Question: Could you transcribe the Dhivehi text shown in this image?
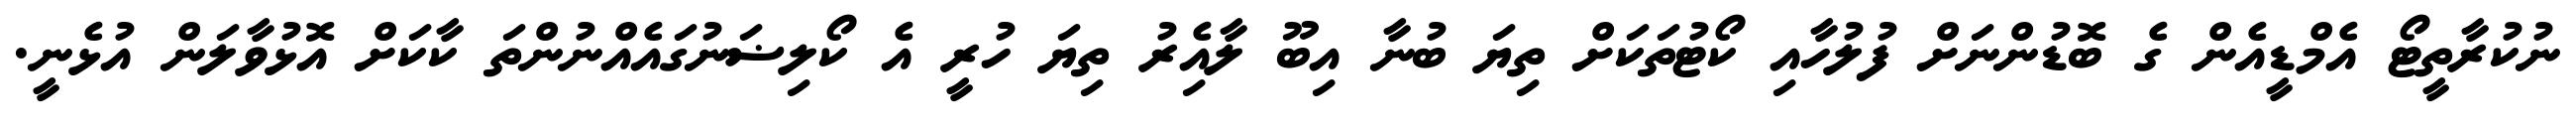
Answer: ނުކުރާތީޓޯ އެމްޑީއެން ގެ ބޮޑުންނަށް ފުލުހާއި ކޯޓުތަކަށް ތިޔަ ބުނާ އިބޫ ލާއެިރު ތިޔަ ހުރީ އެ ކޯލިޟަނުގައެއްނުންތަ ކާކަށް އޮޅުވާލަން އުޅެނީ.